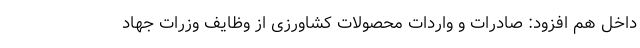
داخل هم افزود: صادرات و واردات محصولات کشاورزی از وظایف وزرات جهاد